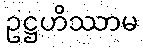
ဥဋ္ဌဟိဿာမ